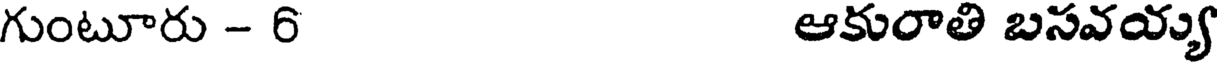
గుంటూరు - 6 ఆకురాతి బసవయ్య